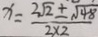
x = \frac { 2 \sqrt { 2 \pm \sqrt { 4 8 } } } { 2 \times 2 }